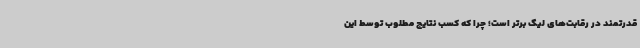
قدرتمند در رقابت‌های لیگ برتر است؛ چرا که کسب نتایج مطلوب توسط این